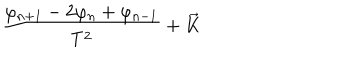
\frac { \varphi _ { n + 1 } - 2 \varphi _ { n } + \varphi _ { n - 1 } } { T ^ { 2 } } + \overrightarrow { K }